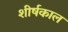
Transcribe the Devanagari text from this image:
शीर्षकाल